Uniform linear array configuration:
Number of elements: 32
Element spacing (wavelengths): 0.75
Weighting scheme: uniform
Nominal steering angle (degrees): -30
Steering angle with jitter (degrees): -28.074
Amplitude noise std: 0.05
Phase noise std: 0.05

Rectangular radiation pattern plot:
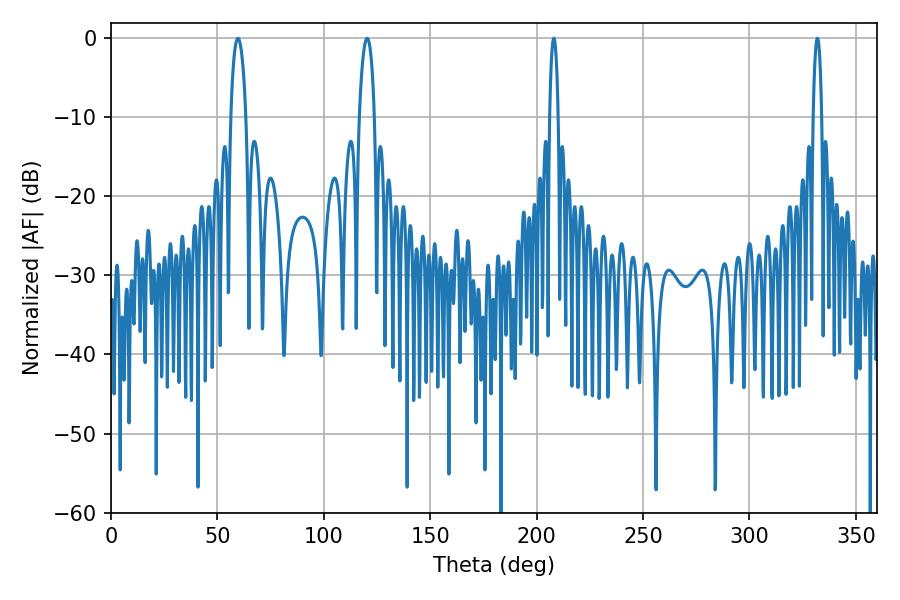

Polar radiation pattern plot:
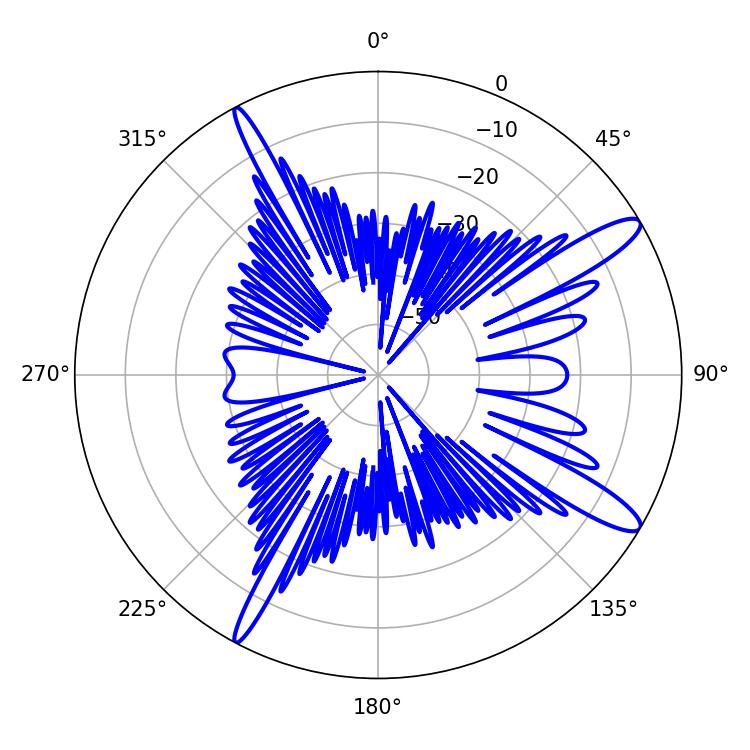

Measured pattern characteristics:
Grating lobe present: TRUE
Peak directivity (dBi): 13.134
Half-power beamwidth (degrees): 2.16
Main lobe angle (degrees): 208.08